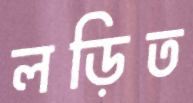
লড়িত